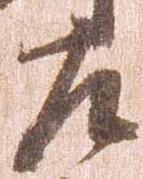
左